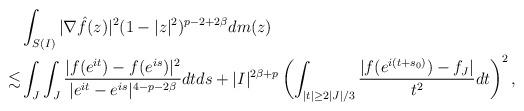
LaTeX: \begin{align*}&\int_{S(I)}|\nabla\hat{f}(z)|^{2}(1-|z|^{2})^{p-2+2\beta}dm(z)\\\lesssim&\int_{J}\int_{J}\frac{|f(e^{it})-f(e^{is})|^{2}}{|e^{it}-e^{is}|^{4-p-2\beta}}dtds+|I|^{2\beta+p}\left(\int_{|t|\geq2|J|/3}\frac{|f(e^{i(t+s_{0})})-f_{J}|}{t^{2}}dt\right)^{2},\end{align*}